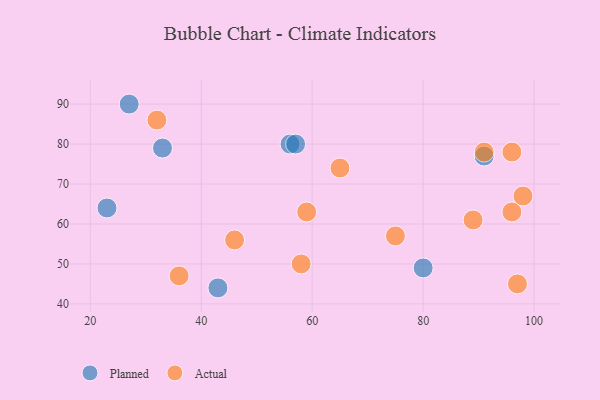
{"axis": {"x": "GDP", "y": "Life Expectancy"}, "legend": ["Actual", "Planned"], "data": [{"x": "91", "y": 77, "type": "Planned"}, {"x": "33", "y": 79, "type": "Planned"}, {"x": "56", "y": 80, "type": "Planned"}, {"x": "43", "y": 44, "type": "Planned"}, {"x": "23", "y": 64, "type": "Planned"}, {"x": "57", "y": 80, "type": "Planned"}, {"x": "27", "y": 90, "type": "Planned"}, {"x": "80", "y": 49, "type": "Planned"}, {"x": "65", "y": 74, "type": "Actual"}, {"x": "36", "y": 47, "type": "Actual"}, {"x": "59", "y": 63, "type": "Actual"}, {"x": "32", "y": 86, "type": "Actual"}, {"x": "75", "y": 57, "type": "Actual"}, {"x": "96", "y": 78, "type": "Actual"}, {"x": "96", "y": 63, "type": "Actual"}, {"x": "91", "y": 78, "type": "Actual"}, {"x": "46", "y": 56, "type": "Actual"}, {"x": "97", "y": 45, "type": "Actual"}, {"x": "58", "y": 50, "type": "Actual"}, {"x": "98", "y": 67, "type": "Actual"}, {"x": "89", "y": 61, "type": "Actual"}]}